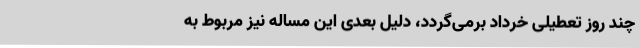
چند روز تعطیلی خرداد برمی‌گردد، دلیل بعدی این مساله نیز مربوط به